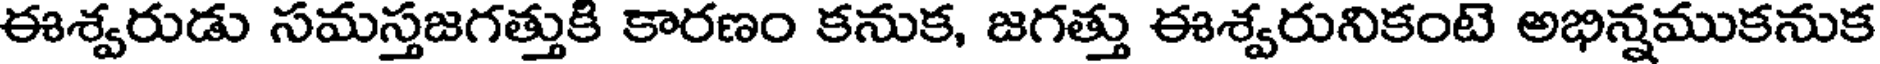
ఈశ్వరుడు సమస్తజగత్తుకి కారణం కనుక, జగత్తు ఈశ్వరునికంటె అభిన్నముకనుక